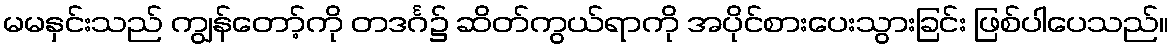
မမနှင်းသည် ကျွန်တော့်ကို တဒင်္ဂ၌ ဆိတ်ကွယ်ရာကို အပိုင်စားပေးသွားခြင်း ဖြစ်ပါပေသည်။